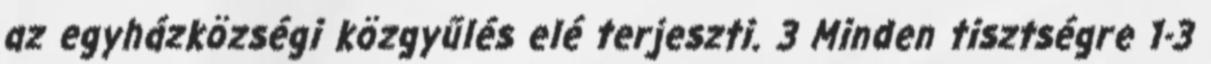
az egyházközségi közgyűlés elé terjeszti. 3 Minden tisztségre 1-3